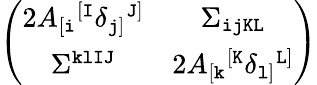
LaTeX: \left(\begin{array}{cc}{{2A_{[{\tt i}}{}^{[{\tt I}}\delta_{{\tt j}]}{}^{{\tt J}]}}}&{{\Sigma_{\tt ijKL}}}\\ {{\Sigma^{\tt klIJ}}}&{{2A_{[{\tt k}}{}^{[{\tt K}}\delta_{{\tt l}]}{}^{{\tt L}]}}}\end{array}\right)